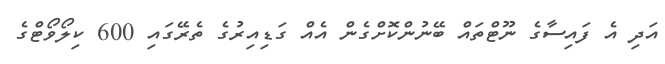
އަދި އެ ފައިސާގެ ނޫޓްތައް ބޭނުންކޮށްގެން އެއް ގަޑިއިރުގެ ތެރޭގައި 600 ކިލޯވޯޓްގެ